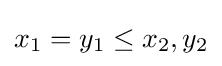
x_{1}=y_{1}\leq x_{2},y_{2}